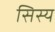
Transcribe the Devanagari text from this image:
सिस्य